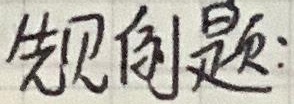
例题：